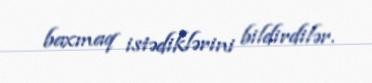
baxmaq istədiklərini bildirdilər.